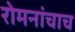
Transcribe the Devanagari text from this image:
रोमनांचाच